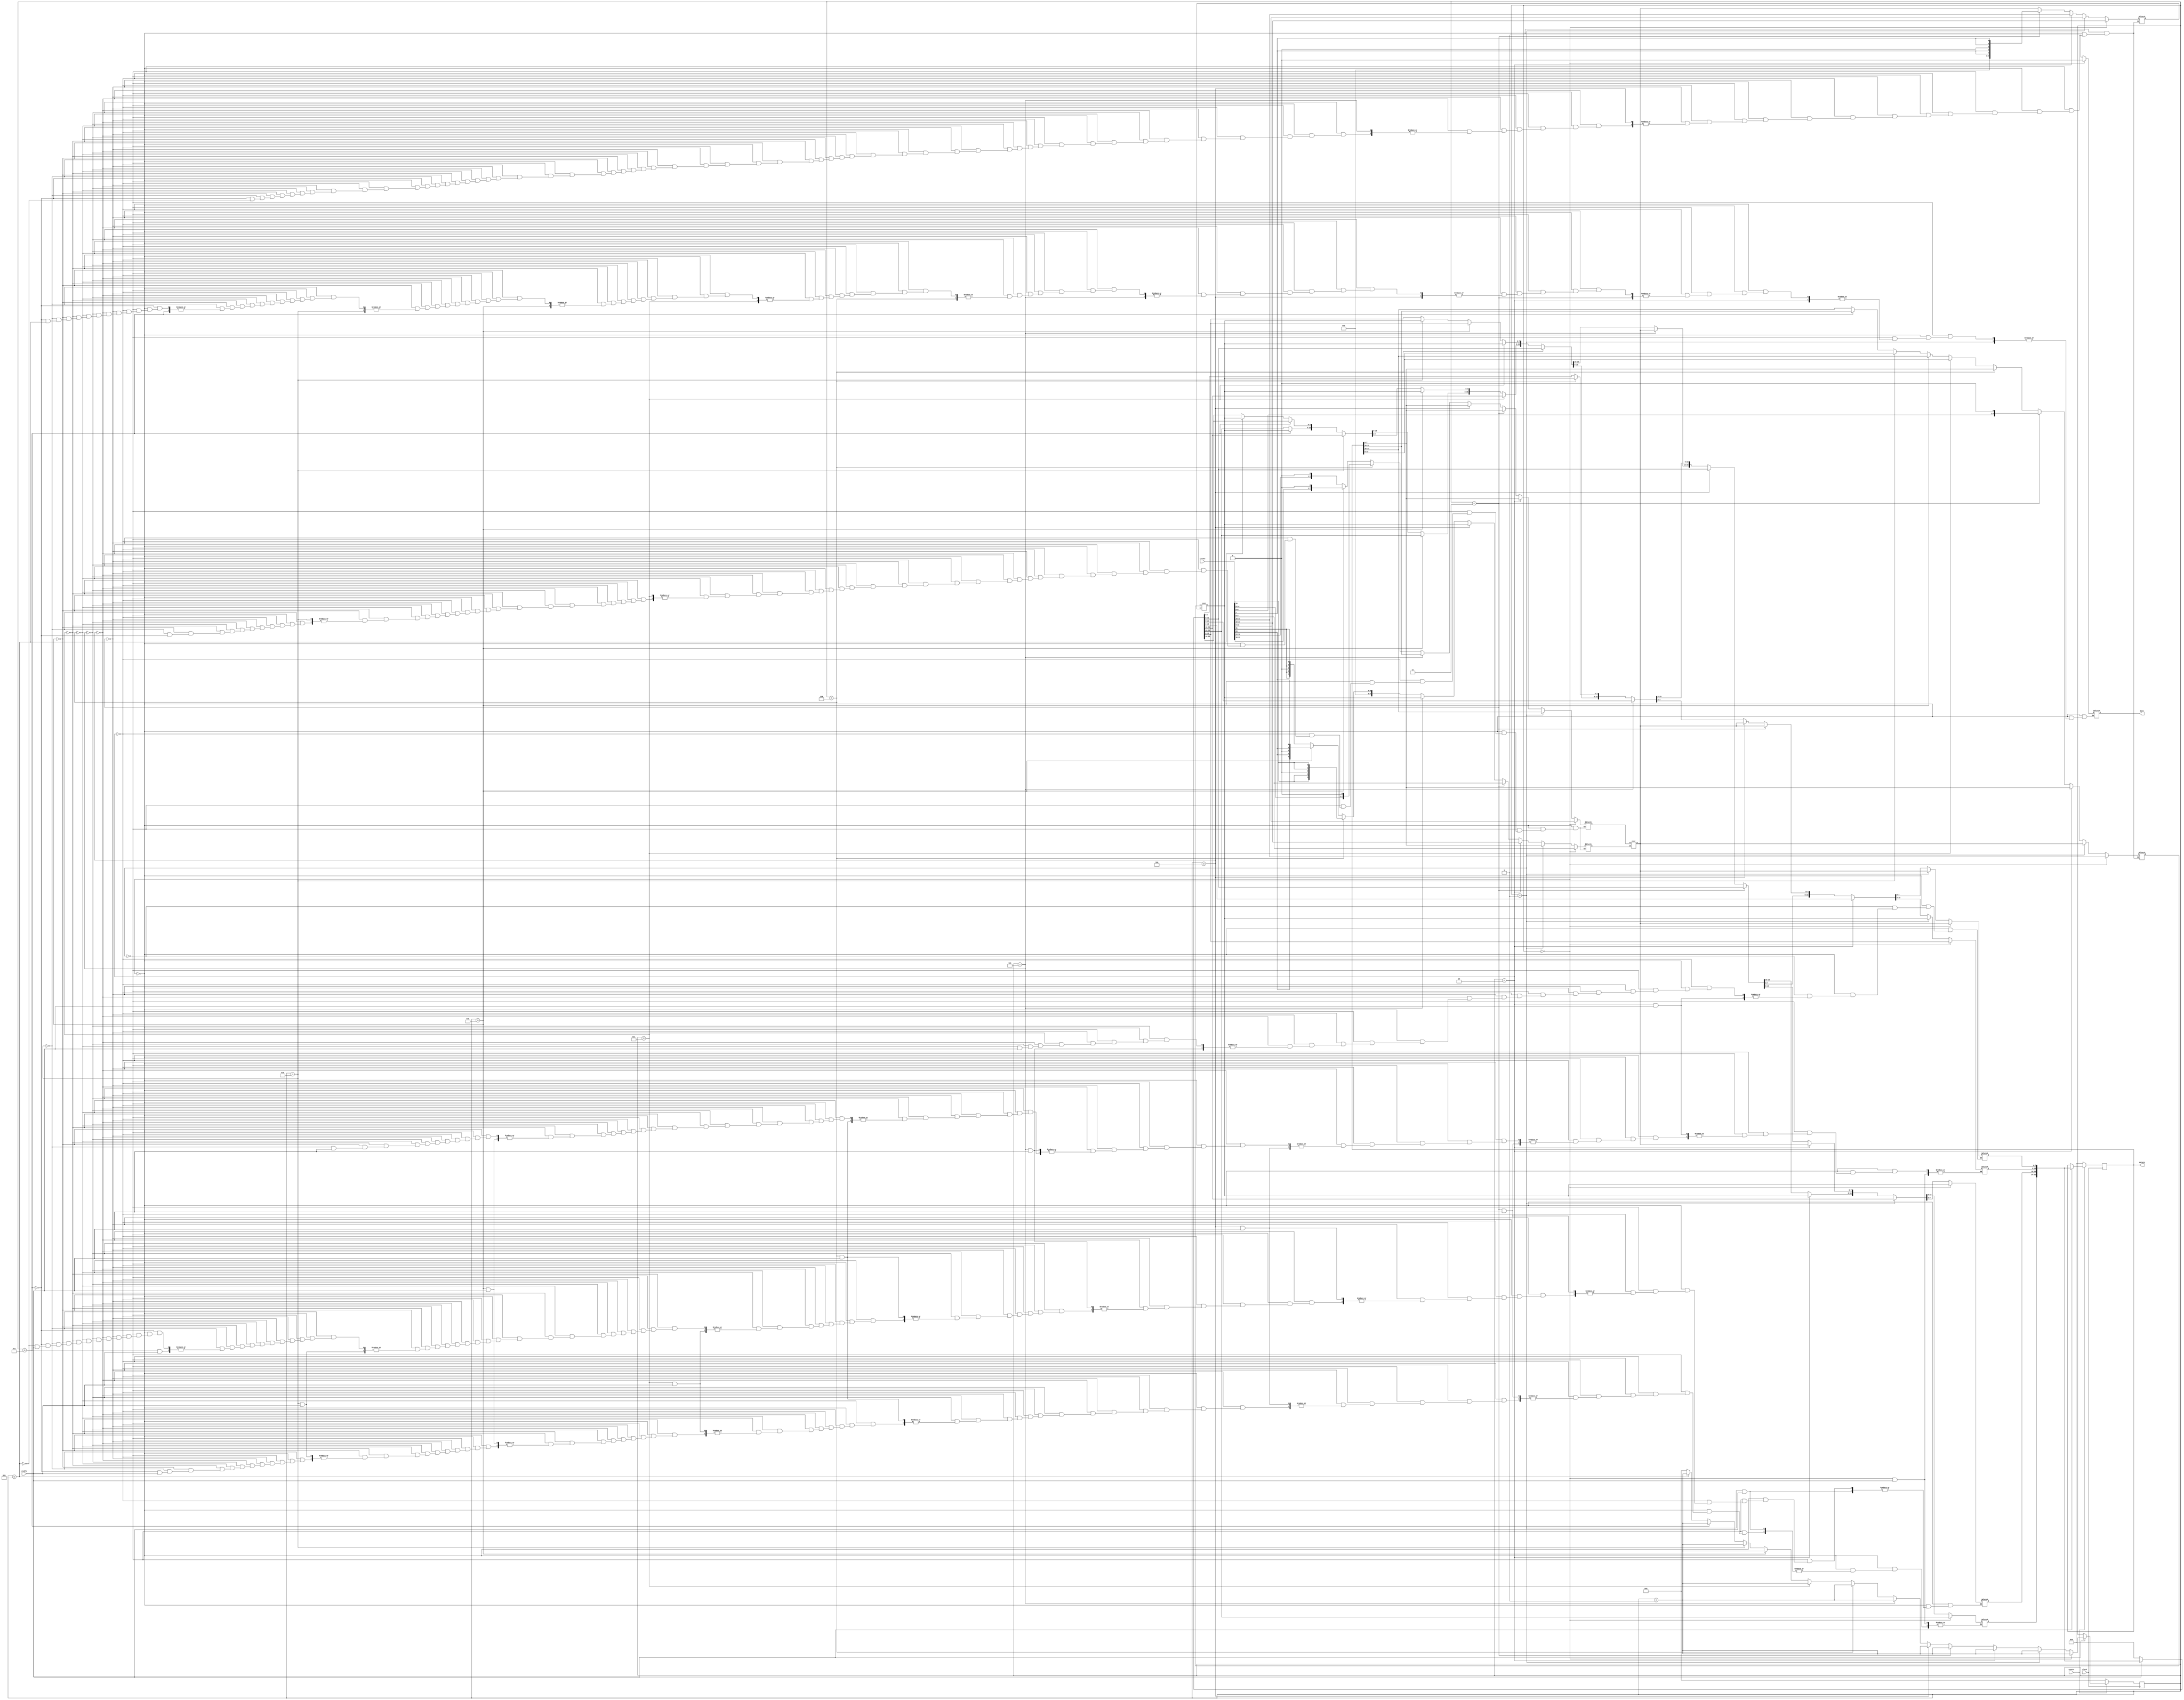
module mixcolumns (
	input clock,
	input resetn,

	input enable,
	input [31:0] istate,

	output reg [31:0] ostate,
	output reg done
);

reg [3:0] counter;
reg [3:0] counter_next;

reg [31:0] tstate;
reg [7:0] i1_1;
reg [7:0] i1_2;
reg [7:0] i2_1;
reg [7:0] i2_2;
wire [7:0] o1;
wire [7:0] o2;

always @(posedge clock) begin
	if(!resetn) begin
		counter <= 4'h0;
		ostate <= 32'h0;
	end
	else if(enable) begin
		counter <= counter_next;
		ostate <= tstate;
	end
end


always @(counter or enable or istate or ostate or o1 or o2) begin

	if(enable) begin
		counter_next = counter + 4'h1;
	end
	else begin
		tstate = 32'h0;
		counter_next = 4'h0;
	end

	if((counter == 4'h0)) begin
		i1_1 = istate[15:8];
		i1_2 = istate[7:0]; 
		tstate[7:0] = o1;

		i2_1 = istate[31:24];
		i2_2 = istate[23:16];
		tstate[23:16] = o2;
		done = 1'b0;
	end
	else if((counter == 4'h1)) begin
		i1_1 = ostate[23:16];
		i1_2 = ostate[7:0];
		tstate[7:0] = o1; //a0 = a
		
		i2_1 = o1;
		i2_2 = istate[15:8];
		tstate[15:8] = o2; //a1 = a + a1
	end
	else if((counter == 4'h2)) begin
		i1_1 = ostate[7:0];
		i1_2 = istate[23:16];
		tstate[23:16] = o1; //a2 = a + a2

		i2_1 = ostate[7:0];
		i2_2 = istate[31:24];
		tstate[31:24] = o2; //a3 = a + a3
	end
	else if((counter == 4'h3)) begin
		i1_1 = ostate[7:0];
		i1_2 = istate[7:0];
		tstate[7:0] = o1; //a0 = a + a0

		i2_1 = {istate[6:0], 1'b0};
		i2_2 = {3'b000, istate[7], istate[7], 1'b0, istate[7], istate[7]};
	end
	else if((counter == 4'h4)) begin
		i1_1 = ostate[7:0];
		i1_2 = o2; 
		tstate[7:0] = o1; //a0 = a + a0 + 2a0
	end
	else if((counter == 4'h5)) begin
		i1_1 = ostate[31:24];
		i1_2 = o2;
		tstate[31:24] = o1; //a3 = a + a3 + 2a0
	end
	else if((counter == 4'h6)) begin
		i1_1 = {istate[14:8], 1'b0};
		i1_2 = {3'b000, istate[15], istate[15], 1'b0, istate[15], istate[15]};
		
		i2_1 = ostate[7:0];
		i2_2 = o1;
		tstate[7:0] = o2; // a0 = a + a0 + 2a1 + 2a0
	end
	else if((counter == 4'h7)) begin
		i2_1 = ostate[15:8];
		i2_2 = o1;
		tstate[15:8] = o2; //a1 = a + a1 + 2a1
	end
	else if((counter == 4'h8)) begin
		i1_1 = {istate[22:16], 1'b0};
		i1_2 = {3'b000, istate[23], istate[23], 1'b0, istate[23], istate[23]};

		i2_1 = ostate[23:16];
		i2_2 = o1;
		tstate[23:16] = o2; //a2 = a + a2 + 2a2
	end
	else if((counter == 4'h9)) begin
		i2_1 = ostate[15:8];
		i2_2 = o1;
		tstate[15:8] = o2; //a1 = a + a1 + 2a1 + 2a2
	end
	else if((counter == 4'hA)) begin
		i1_1 = {istate[30:24], 1'b0};
		i1_2 = {3'b000, istate[31], istate[31], 1'b0, istate[31], istate[31]};

		i2_1 = ostate[31:24];
		i2_2 = o1;
		tstate[31:24] = o2; //a3 = a + a3 + 2a0 + 2a3
	end
	else if((counter == 4'hB)) begin
		i2_1 = ostate[23:16];
		i2_2 = o1;
		tstate[23:16] = o2; //a2 = a + a2 + 2a2 + 2a3
	end
	else begin
		done = 1'b1;
		counter_next = 4'h0;
	end
end


cxor x1 (.i1(i1_1), .i2(i1_2), .o(o1));
cxor x2 (.i1(i2_1), .i2(i2_2), .o(o2));

endmodule




module cxor (
	input [7:0] i1,
	input [7:0] i2,

	output [7:0] o
);

assign o = i1 ^ i2;

endmodule